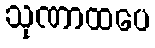
သုဏာထပေ